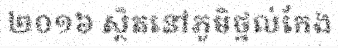
២០១៦ ស្ថិតនៅភូមិថ្នល់កែង